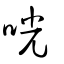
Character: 咣